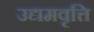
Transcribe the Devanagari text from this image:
उद्यमवृत्ति